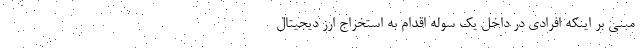
مبنی بر اینکه افرادی در داخل یک سوله اقدام به استخراج ارز دیجیتال